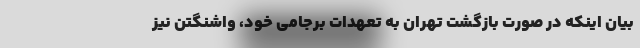
بیان اینکه در صورت بازگشت تهران به تعهدات برجامی خود، واشنگتن نیز